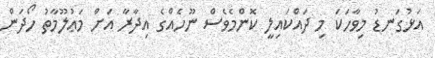
އަޅުގަނޑު މިވާހަކަ މި ދައްކައިލީ ކޮންމެވެސް ނޫހެއްގެ އިދާރާ އަށް މަޢުލޫމާތު ހޯދަން